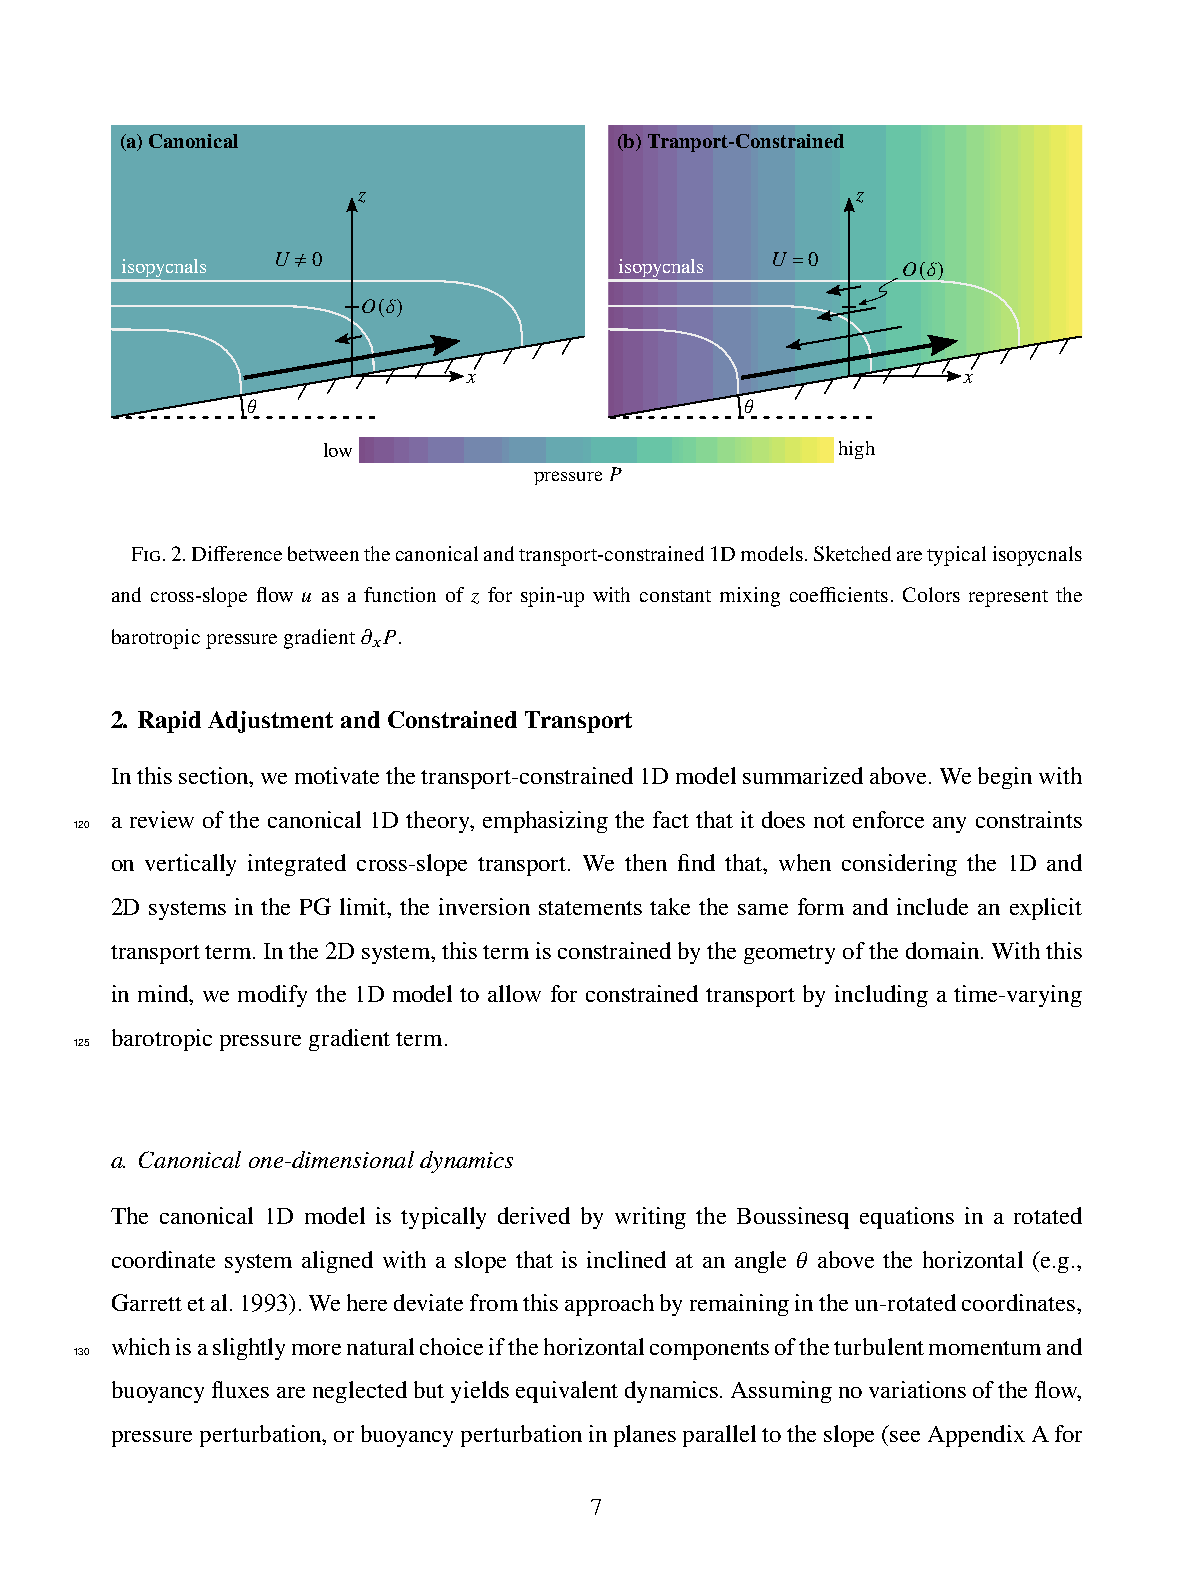
(a)Canonical                     (b)Tranport-Constrained
 𝑧                                𝑧
 𝑈≠0                              𝑈=0
 isopycnals                       isopycnals         𝑂 𝛿
 ( )
 𝑂 𝛿
 ( )
 𝑥                                𝑥
 𝜃                                𝜃
 low                               high
 pressure𝑃
 Fig.2.Differencebetweenthecanonicalandtranspor1t-constrained1Dmodels.Sketchedaretypicalisopycnals
 and cross-slope flow 𝑢 as a function of 𝑧 for spin-up with constant mixing coefficients. Colors represent the
 barotropicpressuregradient𝜕 𝑃.
 𝑥
 2. RapidAdjustmentandConstrainedTransport
 Inthissection,wemotivatethetransport-constrained1Dmodelsummarizedabove.Webeginwith
 a review of the canonical 1D theory, emphasizing the fact that it does not enforce any constraints
 120
 on vertically integrated cross-slope transport. We then find that, when considering the 1D and
 2D systems in the PG limit, the inversion statements take the same form and include an explicit
 transportterm.Inthe2Dsystem,thistermisconstrainedbythegeometryofthedomain.Withthis
 in mind, we modify the 1D model to allow for constrained transport by including a time-varying
 barotropicpressuregradientterm.
 125
 a. Canonicalone-dimensionaldynamics
 The canonical 1D model is typically derived by writing the Boussinesq equations in a rotated
 coordinate system aligned with a slope that is inclined at an angle 𝜃 above the horizontal (e.g.,
 Garrettetal.1993).Weheredeviatefromthisapproachbyremainingintheun-rotatedcoordinates,
 whichisaslightlymorenaturalchoiceifthehorizontalcomponentsoftheturbulentmomentumand
 130
 buoyancyfluxesareneglectedbutyieldsequivalentdynamics.Assumingnovariationsoftheflow,
 pressureperturbation,orbuoyancyperturbationinplanesparalleltotheslope(seeAppendixAfor
 7